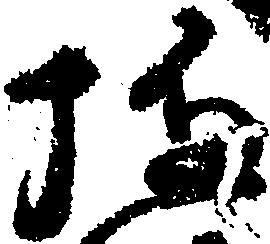
施